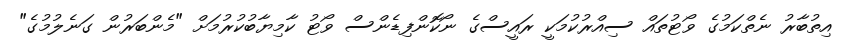
އިތުބާރު ނެތްކަމުގެ ވޯޓުތައް ސިއްރުކުމަކީ ރައީސްގެ ނޯކޮންފިޑެންސް ވޯޓު ކާމިޔާބުކުރުމަށް "މެންބަރުން ގަނެލުމުގެ"